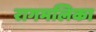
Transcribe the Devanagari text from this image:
रागमलिका